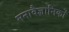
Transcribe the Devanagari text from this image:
मनावैज्ञानिकों